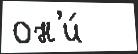
он'и́